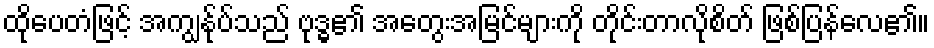
ထိုပေတံဖြင့် အကျွန်ုပ်သည် ဗုဒ္ဓ၏ အတွေးအမြင်များကို တိုင်းတာလိုစိတ် ဖြစ်ပြန်လေ၏။